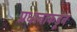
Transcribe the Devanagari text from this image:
प्रधानाकडून